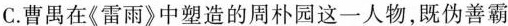
C.曹禺在《雷雨》中塑造的周朴园这一人物,既伪善霸